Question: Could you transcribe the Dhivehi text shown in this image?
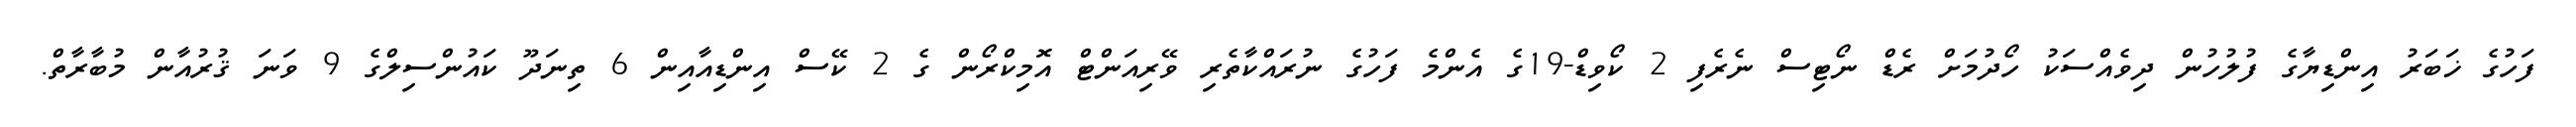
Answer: ފަހުގެ ޚަބަރު އިންޑިޔާގެ ފުލުހުން ދިވެއްސަކު ހޯދުމަށް ރެޑް ނޯޓިސް ނެރެފި 2 ކޯވިޑް-19ގެ އެންމެ ފަހުގެ ނުރައްކާތެރި ވޭރިއަންޓް އޮމިކްރޯން ގެ 2 ކޭސް އިންޑިއާއިން 6 ތިނަދޫ ކައުންސިލްގެ 9 ވަނަ ޤުރުއާން މުބާރާތް.